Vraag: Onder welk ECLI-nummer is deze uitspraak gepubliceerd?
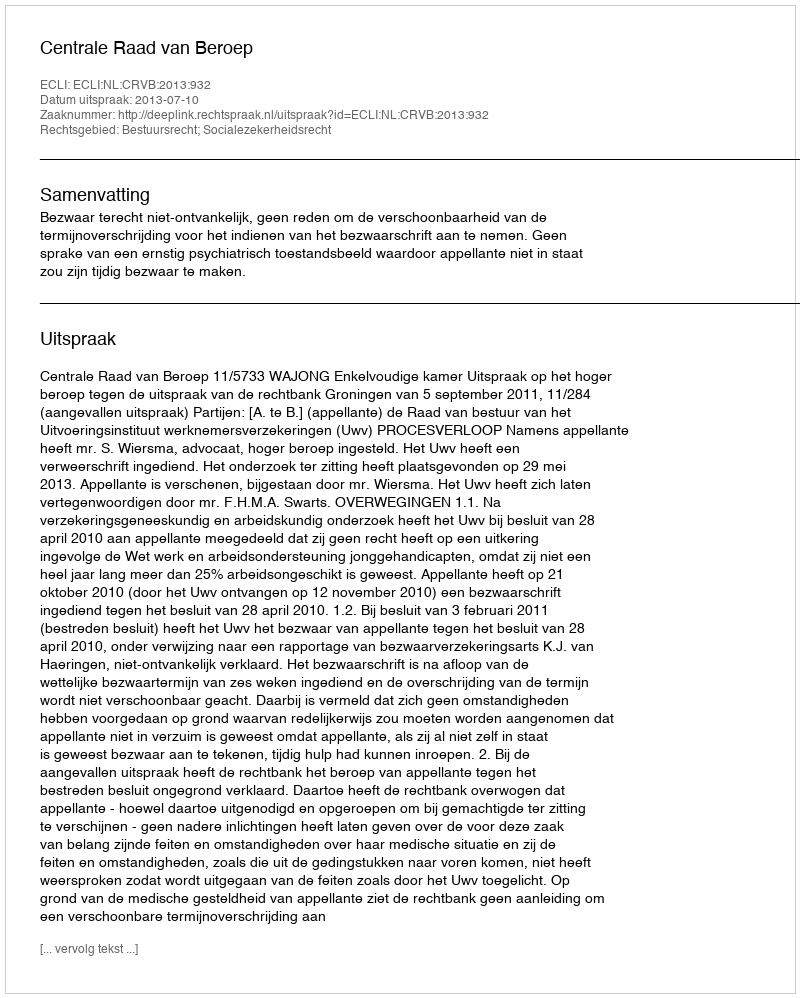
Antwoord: ECLI:NL:CRVB:2013:932